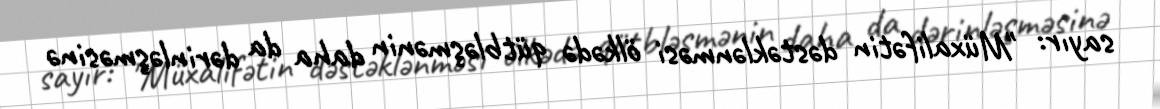
sayır: "Müxalifətin dəstəklənməsi ölkədə qütbləşmənin daha da dərinləşməsinə